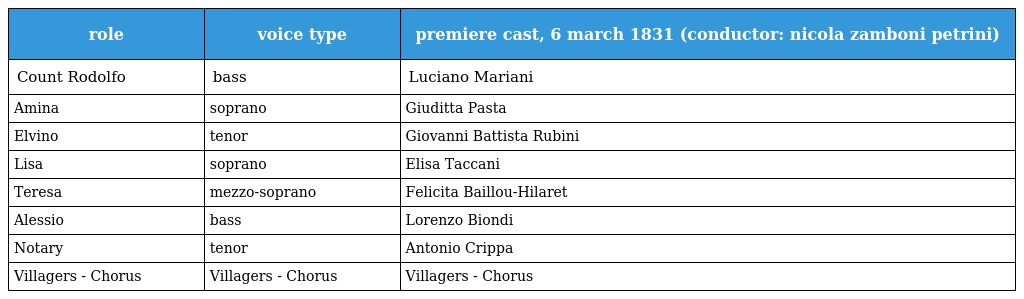
| role | voice type | premiere cast, 6 march 1831 (conductor: nicola zamboni petrini) |
 | --- | --- | --- |
 | Count Rodolfo | bass | Luciano Mariani |
 | Amina | soprano | Giuditta Pasta |
 | Elvino | tenor | Giovanni Battista Rubini |
 | Lisa | soprano | Elisa Taccani |
 | Teresa | mezzo-soprano | Felicita Baillou-Hilaret |
 | Alessio | bass | Lorenzo Biondi |
 | Notary | tenor | Antonio Crippa |
 | Villagers - Chorus | Villagers - Chorus | Villagers - Chorus |